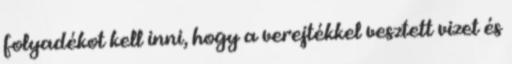
folyadékot kell inni, hogy a verejtékkel vesztett vizet és